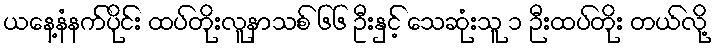
ယနေ့နံနက်ပိုင်း ထပ်တိုးလူနာသစ် ၆၆ ဦးနှင့် သေဆုံးသူ ၁ ဉီးထပ်တိုး တယ်လို့